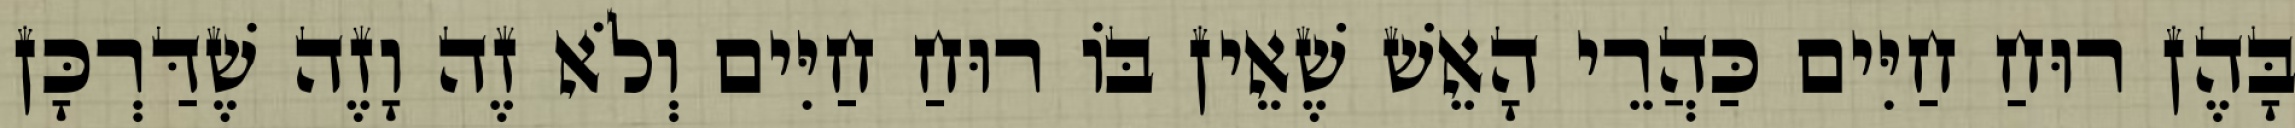
בָּהֶן רוּחַ חַיִּים כַּהֲרֵי הָאֵשׁ שֶׁאֵין בּוֹ רוּחַ חַיִּים וְלֹא זֶה וָזֶה שֶׁדַּרְכָּן